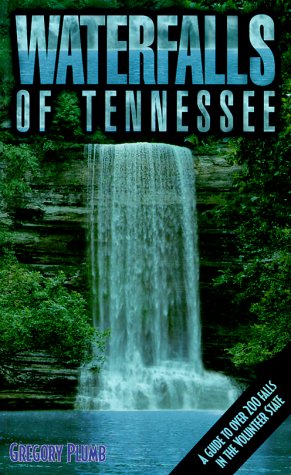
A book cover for Waterfalls of Tennessee: A Guide to Over 200 Falls in the Volunteer State; Gregory Plumb; Travel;